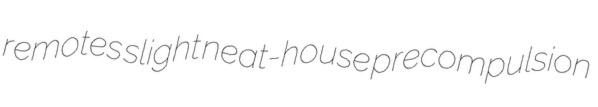
remotes slight neat-house precompulsion